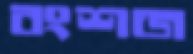
বংশজ